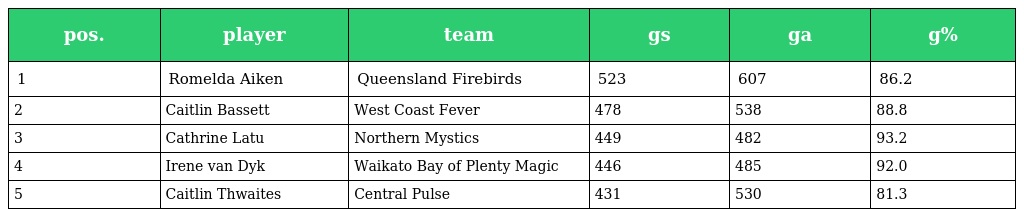
| pos. | player | team | gs | ga | g% |
 | --- | --- | --- | --- | --- | --- |
 | 1 | Romelda Aiken | Queensland Firebirds | 523 | 607 | 86.2 |
 | 2 | Caitlin Bassett | West Coast Fever | 478 | 538 | 88.8 |
 | 3 | Cathrine Latu | Northern Mystics | 449 | 482 | 93.2 |
 | 4 | Irene van Dyk | Waikato Bay of Plenty Magic | 446 | 485 | 92.0 |
 | 5 | Caitlin Thwaites | Central Pulse | 431 | 530 | 81.3 |